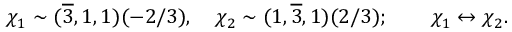
\chi _ { 1 } \sim ( \overline { { { 3 } } } , 1 , 1 ) ( - 2 / 3 ) , \quad \chi _ { 2 } \sim ( 1 , \overline { { { 3 } } } , 1 ) ( 2 / 3 ) ; \qquad \chi _ { 1 } \leftrightarrow \chi _ { 2 } .